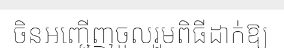
ចិនអញ្ជើញចូលរួមពិធីដាក់ឱ្យ